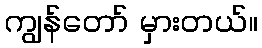
ကျွန်တော် မှားတယ်။